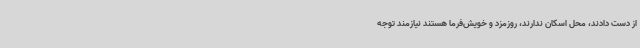
از دست دادند، محل اسکان ندارند، روزمزد و خویش‌فرما هستند نیازمند توجه